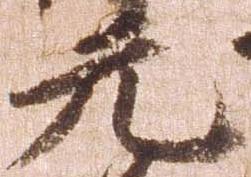
元